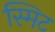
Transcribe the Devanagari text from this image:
स्मिट